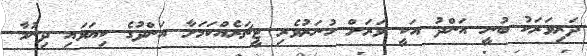
ދަރިވަރަކު ބުނީ އަންދު އަކީ ވަރަށް ހުނަރުވެރި ޓީޗަރެއްކަމަށާ އަންދުގެ ކިޔަވައި ދިނުމާ